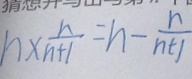
n \times \frac { n } { n + 1 } = n - \frac { n } { n + 1 }